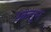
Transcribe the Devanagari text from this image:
उकलून